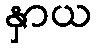
နှာယ